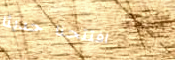
افتتحنا حديثاً